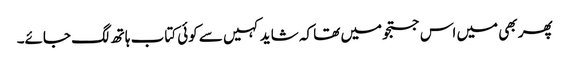
پھر بھی میں اس جستجو میں تھا کہ شاید کہیں سے کوئی کتاب ہاتھ لگ جائے۔